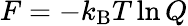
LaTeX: F=-k_{\mathrm{B}}T\ln Q